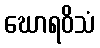
ဃောရဝိသံ